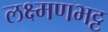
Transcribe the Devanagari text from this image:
लक्ष्मणभट्ट